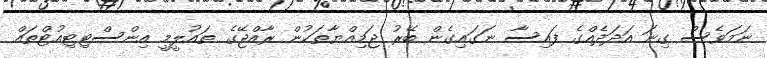
ނަމަވެސް ގިނަ އަދަދެއްގެ ފައިސާ ނަގައިގެން ބޭރު ޖަމިއްޔާތަކުން ރާއްޖޭގެ ތައުލީމީ އިންސްޓިޓިއުޓްތައް